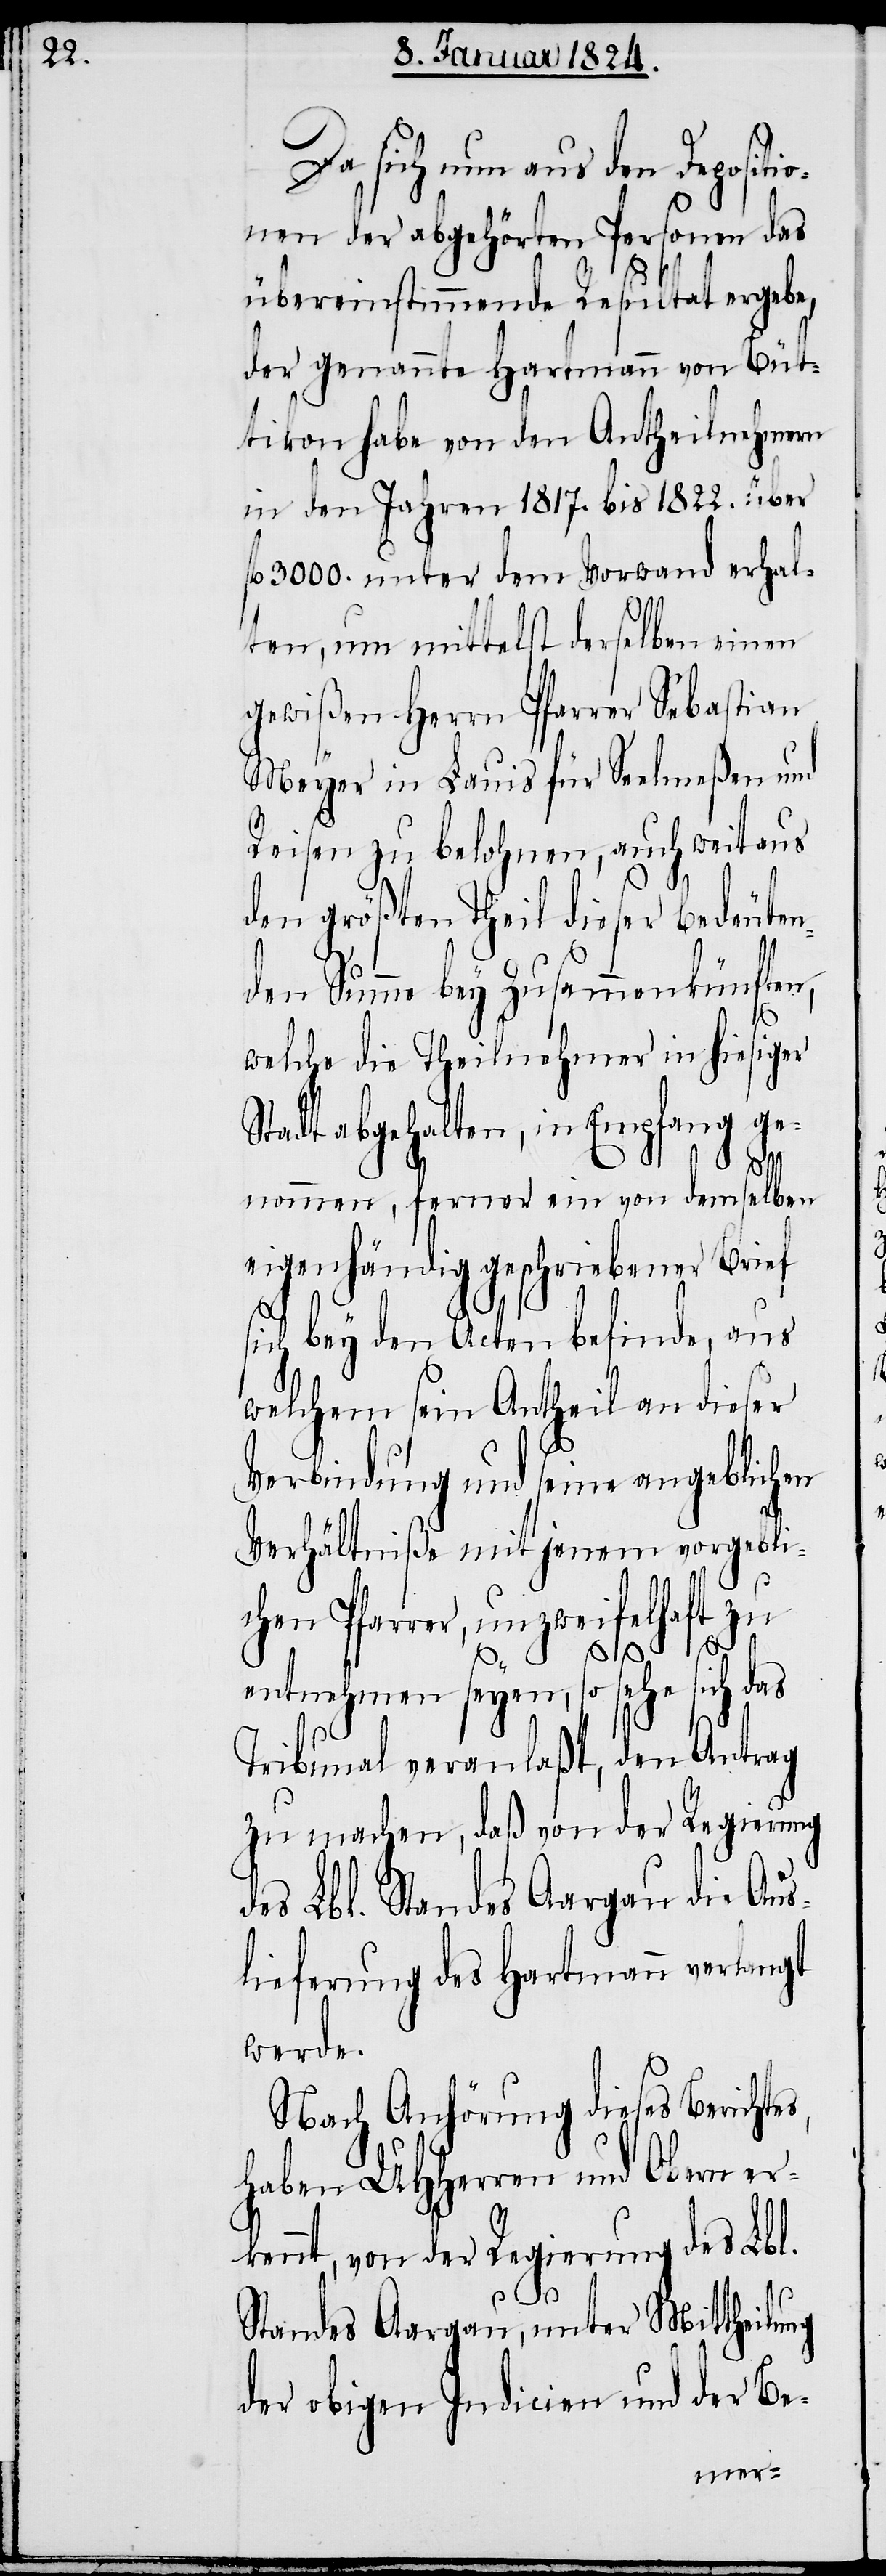
Da sich nun aus den Depositi¬
onen der abgehörten Personen das
übereinstimmende Resultat ergebe,
der genannte Hartmann von Büt¬
tikon habe von den Antheilnehmern
in den Jahren 1817. bis 1822. über
fl. 3000. unter dem Vorwand erhal¬
ten, um mittelst derselben einen
gewißen Herrn Pfarrer Sebastian
Meyer in Lauis für Seelmeßen und
Reisen zu belohnen, auch weitaus
den größten Theil dieser bedeuten¬
den Summe bey Zusammenkünften,
ng
welche die Theilnehmer in hiesiger
Stadt abgehalten, in Empfang ge¬
nommen, ferner ein von demselben
eigenhändig geschriebener Brief
sich bey den Acten befinde, aus
welchem sein Antheil an dieser
Verbindung und seine angeblichen
Verhältniße mit jenem vorgebli¬
chen Pfarrer, unzweifelhaft zu
entnehmen seyen, so sehe sich das
Tribunal veranlaßt, den Antrag
zu machen, daß von der Regierung
des Lbl. Standes Aargau die Aus¬
lieferung des Hartmann verlangt
werde.
Nach Anhörung dieses Berichte¬
haben UHHerren und Obern er¬
kennt, von der Regierung des Lbl.
Standes Aargau, unter Mittheilu¬
der obigen Indicien und der Be-